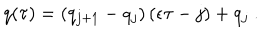
q ( \tau ) = ( q _ { j + 1 } - q _ { j } ) \left( \epsilon \tau - j \right) + q _ { j } \ .